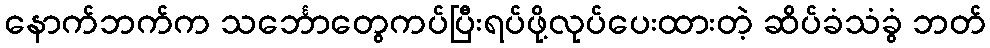
နောက်ဘက်က သင်္ဘောတွေကပ်ပြီးရပ်ဖို့လုပ်ပေးထားတဲ့ ဆိပ်ခံသံခွံ ဘတ်